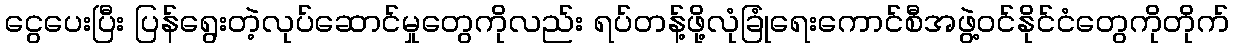
ငွေပေးပြီး ပြန်ရွေးတဲ့လုပ်ဆောင်မှုတွေကိုလည်း ရပ်တန့်ဖို့လုံခြုံရေးကောင်စီအဖွဲ့ဝင်နိုင်ငံတွေကိုတိုက်